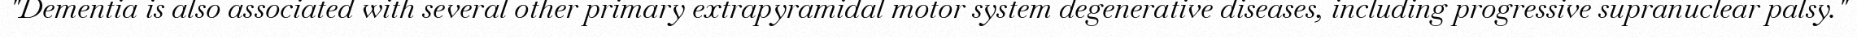
"Dementia is also associated with several other primary extrapyramidal motor system degenerative diseases, including progressive supranuclear palsy."